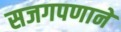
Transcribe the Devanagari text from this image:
सजगपणाने